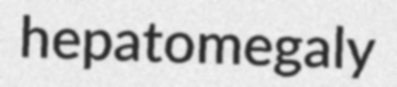
hepatomegaly